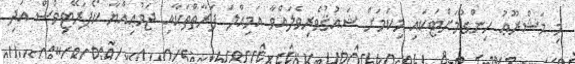
މި މަޝްރޫޢު ހިންގުމަށްޓަކައި މިކަމަށް ޝައުޤުވެރިވެލައްވާ އަމިއްލަ ފަރާތްތަކާއި ޖަމުޢިއްޔާ ކޯޕަރޭޓިވްސް އަދި